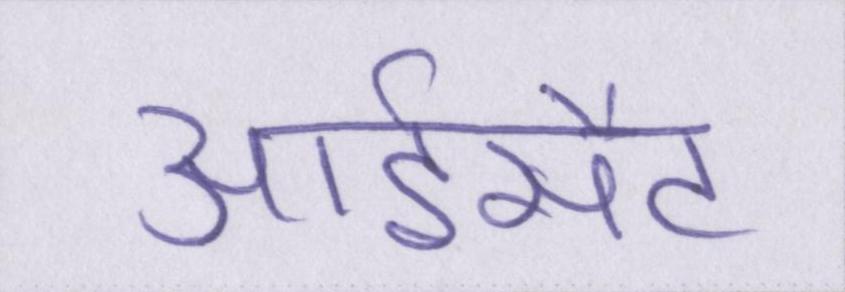
आईसैट